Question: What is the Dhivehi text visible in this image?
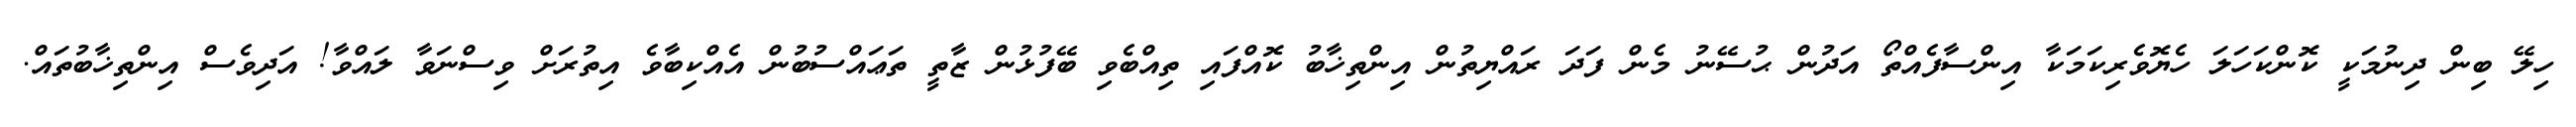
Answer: ހިލޭ ބިން ދިނުމަކީ ކޮންކަހަލަ ހެޔޮވެރިކަމަކާ އިންސާފެއްތޯ އަދުން ޙުސޭނު މެން ފަދަ ރައްޔިތުން އިންތިޚާބު ކޮއްފައި ތިއްބެވި ބޭފުޅުން ޒާތީ ތަޢައްސުބުން އެއްކިބާވެ އިތުރަށް ވިސްނަވާ ލައްވާ! އަދިވެސް އިންތިޚާބުތައް.